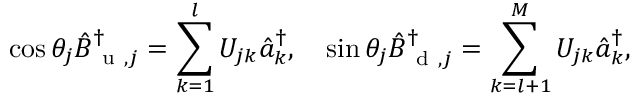
\cos { \theta _ { j } } \hat { B } _ { \mathrm { ~ u ~ } , j } ^ { \dag } = \sum _ { k = 1 } ^ { l } U _ { j k } \hat { a } _ { k } ^ { \dag } , \quad \sin { \theta _ { j } } \hat { B } _ { \mathrm { ~ d ~ } , j } ^ { \dag } = \sum _ { k = l + 1 } ^ { M } U _ { j k } \hat { a } _ { k } ^ { \dag } ,